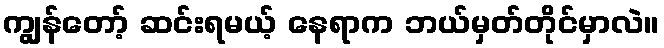
ကျွန်တော့် ဆင်းရမယ့် နေရာက ဘယ်မှတ်တိုင်မှာလဲ။